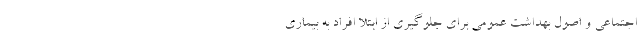
اجتماعی و اصول بهداشت عمومی برای جلوگیری از ابتلا افراد به بیماری